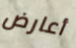
أعارض